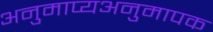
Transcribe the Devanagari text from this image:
अनुमाप्यअनुमापक